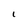
Character: I